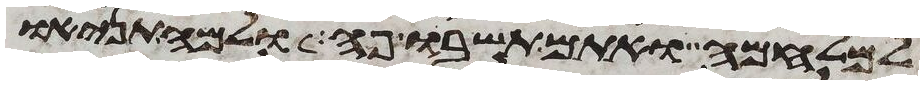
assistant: למלחמה ואתם תשבו פה ולמה תניאו